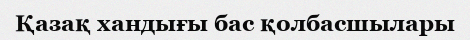
Қазақ хандығы бас қолбасшылары